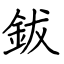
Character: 鈸